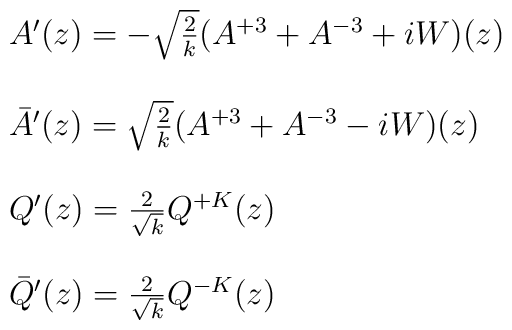
\begin{array}{l}A^{\prime}(z)  = -\sqrt{\frac{2}{k}} (A^{+3} + A^{-3} + i W)(z)  \\  \   \\  \bar{A}^{\prime}(z)  = \sqrt{\frac{2}{k}} (A^{+3} + A^{-3} - i W)(z)  \\  \  \\Q^{\prime}(z)  = \frac{2}{\sqrt{k}}Q^{+K}(z)  \\  \  \\\bar{Q}^{\prime}(z)  = \frac{2}{\sqrt{k}}Q^{-K}(z)\end{array}